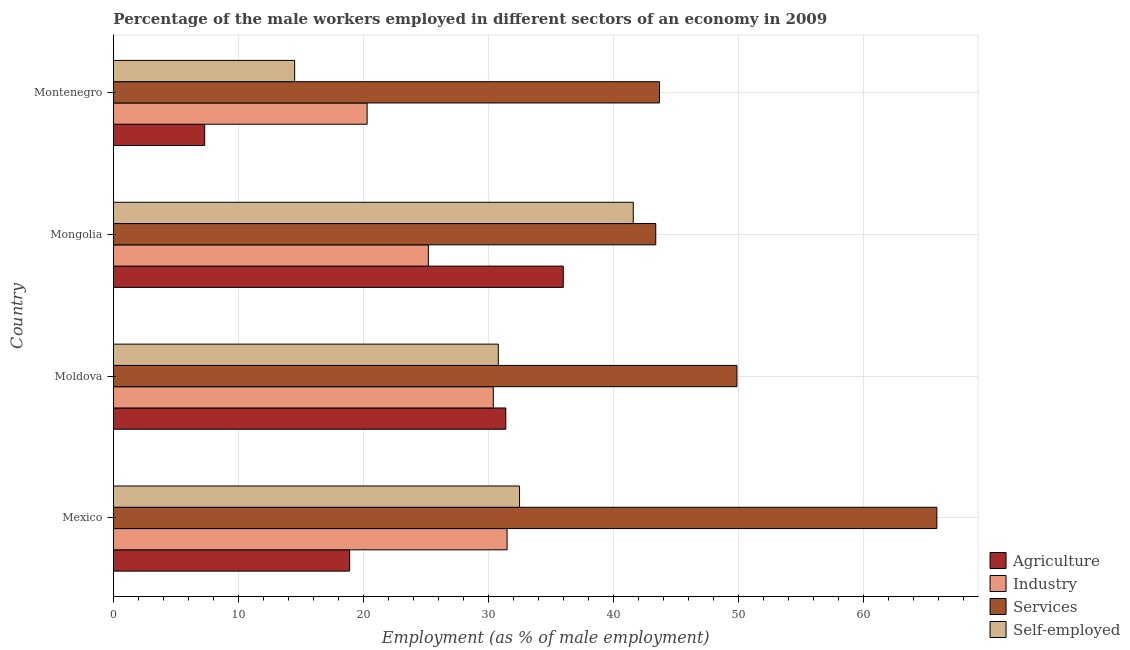
| Country | Agriculture | Industry | Services | Self-employed |
 | --- | --- | --- | --- | --- |
 | Mexico | 18.9 | 31.5 | 65.9 | 32.5 |
 | Moldova | 31.4 | 30.4 | 49.9 | 30.8 |
 | Mongolia | 36 | 25.2 | 43.4 | 41.6 |
 | Montenegro | 7.3 | 20.3 | 43.7 | 14.5 |